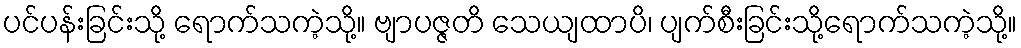
ပင်ပန်းခြင်းသို့ ရောက်သကဲ့သို့။ ဗျာပဇ္ဇတိ သေယျထာပိ၊ ပျက်စီးခြင်းသို့ရောက်သကဲ့သို့။